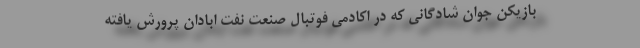
بازیکن جوان شادگانی که در اکادمی فوتبال صنعت نفت ابادان پرورش یافته